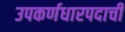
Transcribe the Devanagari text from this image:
उपकर्णधारपदाची